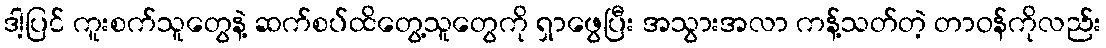
ဒါ့ပြင် ကူးစက်သူတွေနဲ့ ဆက်စပ်ထိတွေ့သူတွေကို ရှာဖွေပြီး အသွားအလာ ကန့်သတ်တဲ့ တာဝန်ကိုလည်း